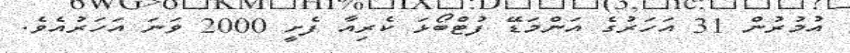
އުމުރުން 31 އަހަރުގެ އަންމަޑޭ ފުޓްބޯޅަ ކެރިއާ ފެށީ 2000 ވަނަ އަހަރުއެވެ.